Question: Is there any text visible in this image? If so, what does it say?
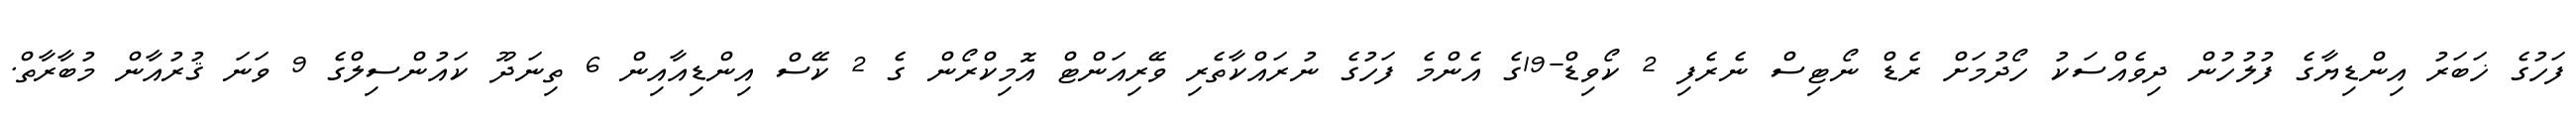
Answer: ފަހުގެ ޚަބަރު އިންޑިޔާގެ ފުލުހުން ދިވެއްސަކު ހޯދުމަށް ރެޑް ނޯޓިސް ނެރެފި 2 ކޯވިޑް-19ގެ އެންމެ ފަހުގެ ނުރައްކާތެރި ވޭރިއަންޓް އޮމިކްރޯން ގެ 2 ކޭސް އިންޑިއާއިން 6 ތިނަދޫ ކައުންސިލްގެ 9 ވަނަ ޤުރުއާން މުބާރާތް.